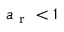
a _ { \mathrm { ~ r ~ } } < 1